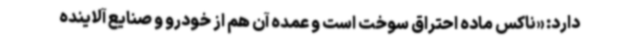
دارد: «ناکس ماده احتراق سوخت است و عمده آن هم از خودرو و صنایع آلاینده